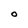
Character: O